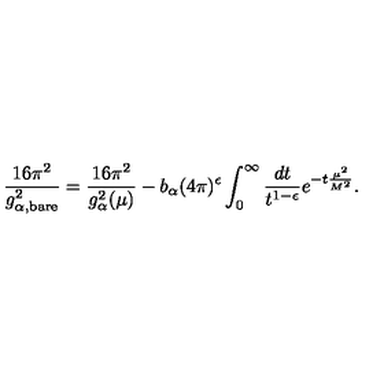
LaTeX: \frac { 1 6 \pi ^ { 2 } } { g _ { \alpha , { \scriptstyle \mathrm { b a r e } } } ^ { 2 } } = \frac { 1 6 \pi ^ { 2 } } { g _ { \alpha } ^ { 2 } ( \mu ) } - b _ { \alpha } ( 4 \pi ) ^ { \epsilon } \int _ { 0 } ^ { \infty } \frac { d t } { t ^ { 1 - \epsilon } } e ^ { - t \frac { \mu ^ { 2 } } { M ^ { 2 } } } .